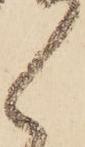
ゝ